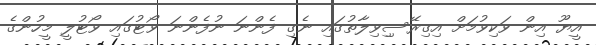
އީޔޫ އިން ވަކިވުމަށް އިގިރޭސިިވިލާތުގައި ނެގި ފެންނަ ނުފެންނަ ވޯޓުގައި ވޯޓުލީ މީހުންގެ